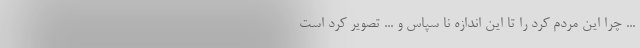
... چرا این مردم کُرد را تا این اندازه نا سپاس و ... تصویر کرد است